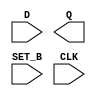
module sky130_fd_sc_hs__dfstp (
    //# {{data|Data Signals}}
    input  D    ,
    output Q    ,

    //# {{control|Control Signals}}
    input  SET_B,

    //# {{clocks|Clocking}}
    input  CLK
);

    // Voltage supply signals
    supply1 VPWR;
    supply0 VGND;

endmodule